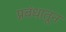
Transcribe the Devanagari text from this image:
प्रबंधातून